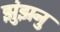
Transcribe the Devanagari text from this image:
झुंझनु